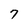
Character: 7